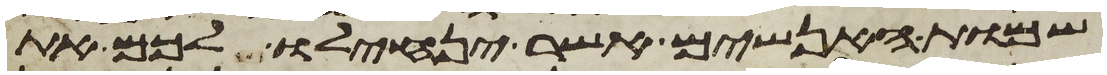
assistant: שמות האנשים אשר ינחלו לכם את